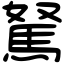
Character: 駑